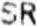
SR